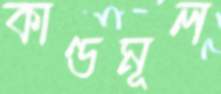
কাণ্ডমূল